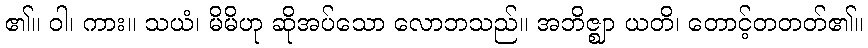
၏။ ဝါ၊ ကား။ သယံ၊ မိမိဟု ဆိုအပ်သော လောဘသည်။ အဘိဇ္ဈာ ယတိ၊ တောင့်တတတ်၏။